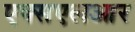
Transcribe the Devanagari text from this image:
एक्सएलआर